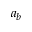
a _ { b }